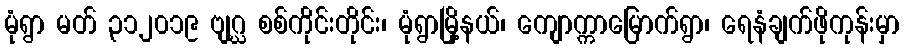
မုံရွာ မတ် ၃၁၂၀၁၉ ဗျဂ္ဃ စစ်ကိုင်းတိုင်း၊ မုံရွာမြို့နယ်၊ ကျောက္ကာမြောက်ရွာ၊ ရေနံချက်ဖိုကုန်းမှာ